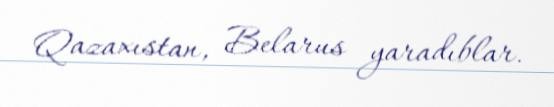
Qazaxıstan, Belarus yaradıblar.